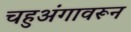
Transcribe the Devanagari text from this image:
चहुअंगावरून